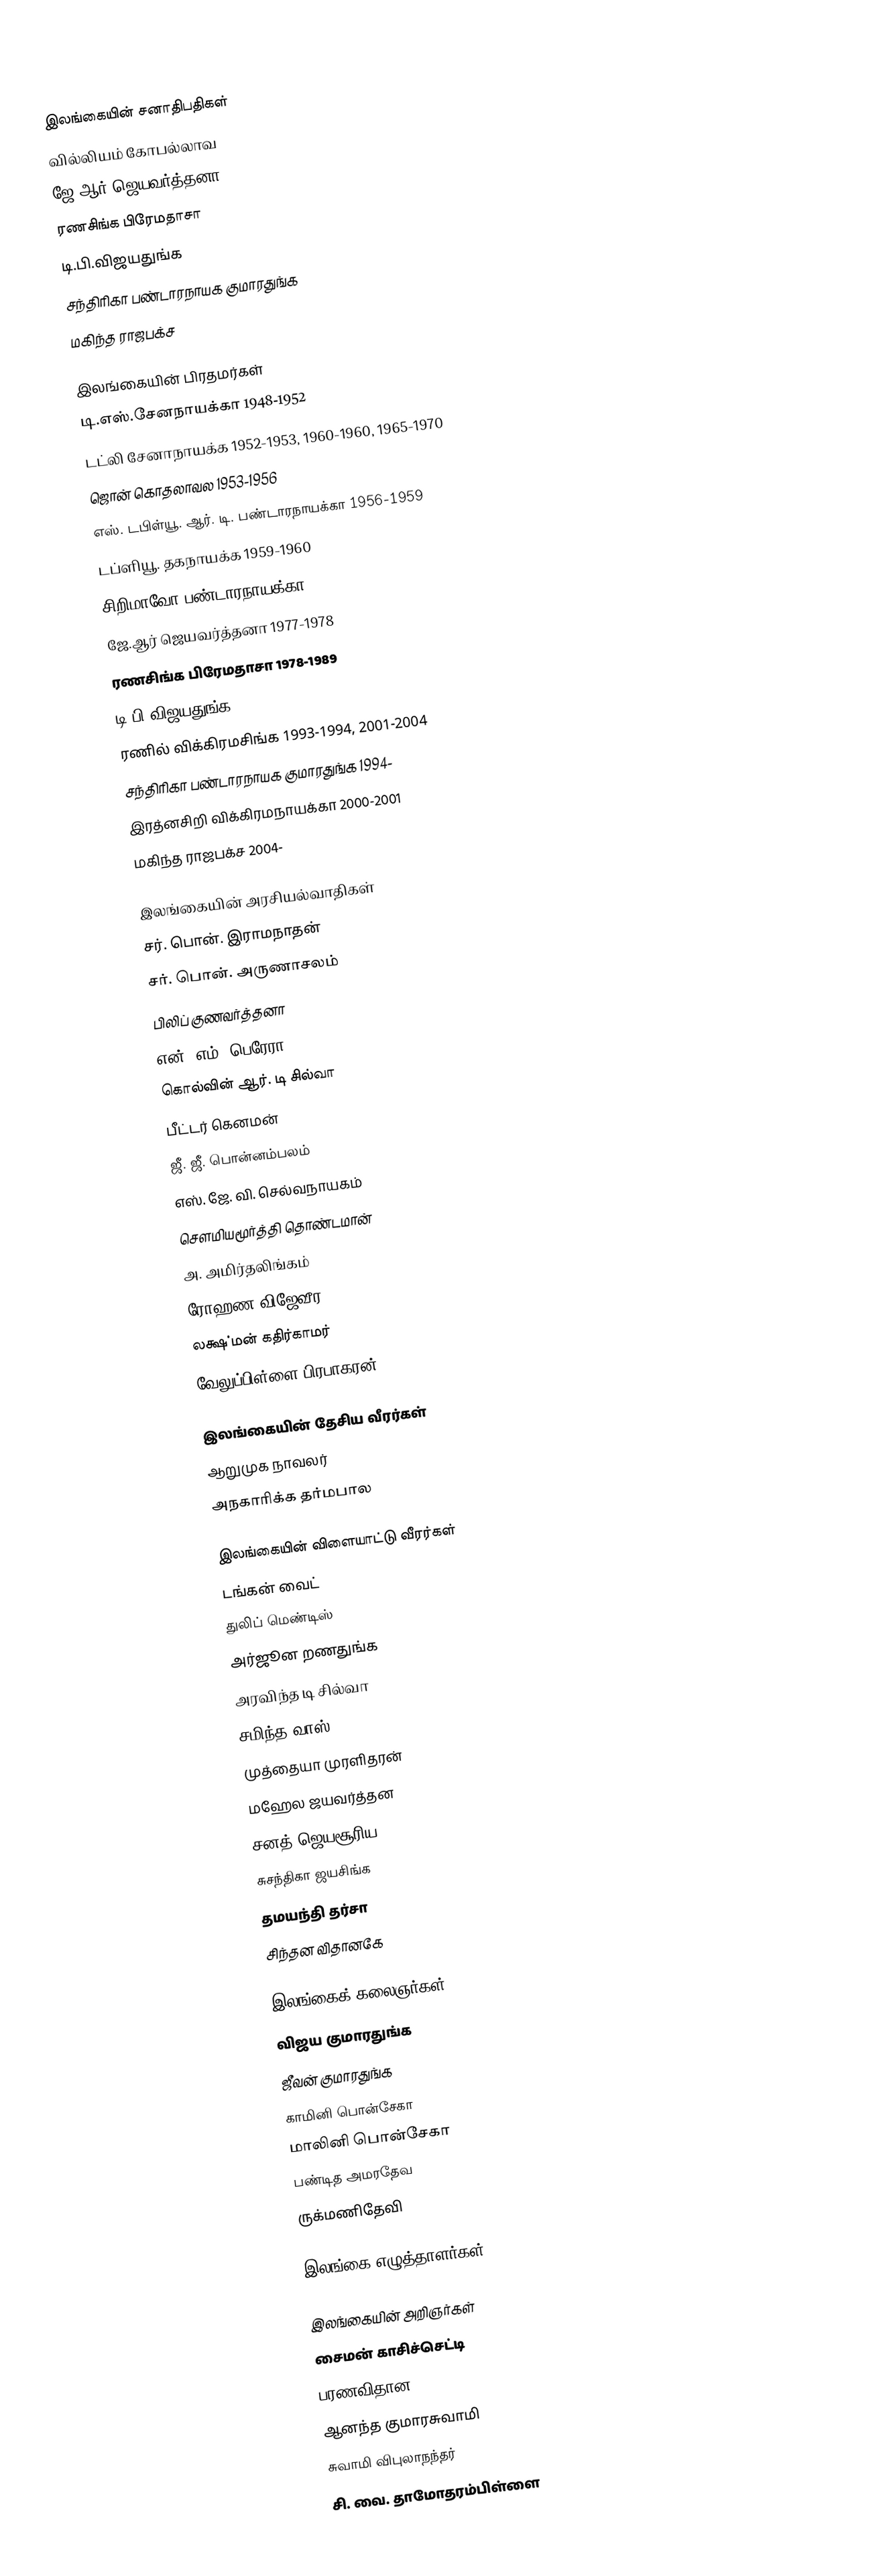

இலங்கையின் சனாதிபதிகள்
 வில்லியம் கோபல்லாவ
 ஜே.ஆர் ஜெயவர்த்தனா
 ரணசிங்க பிரேமதாசா
 டி.பி.விஜயதுங்க
 சந்திரிகா பண்டாரநாயக குமாரதுங்க
 மகிந்த ராஜபக்ச

இலங்கையின் பிரதமர்கள்
 டி.எஸ்.சேனநாயக்கா  1948-1952
 டட்லி சேனாநாயக்க  1952-1953, 1960-1960, 1965-1970
 ஜொன் கொதலாவல  1953-1956
 எஸ். டபிள்யூ. ஆர். டி. பண்டாரநாயக்கா  1956-1959
 டப்ளியூ. தகநாயக்க 1959-1960
 சிறிமாவோ பண்டாரநாயக்கா  1960-1965, 1970-1977, 1994-2000
 ஜே.ஆர் ஜெயவர்த்தனா  1977-1978
 ரணசிங்க பிரேமதாசா  1978-1989
 டி.பி.விஜயதுங்க  1989-1993
 ரணில் விக்கிரமசிங்க  1993-1994, 2001-2004
 சந்திரிகா பண்டாரநாயக குமாரதுங்க  1994-
 இரத்னசிறி விக்கிரமநாயக்கா  2000-2001
 மகிந்த ராஜபக்ச  2004-

இலங்கையின் அரசியல்வாதிகள்
 சர். பொன். இராமநாதன்
 சர். பொன். அருணாசலம்
 பிலிப் குணவர்த்தனா
 என். எம். பெரேரா
 கொல்வின் ஆர். டி சில்வா
 பீட்டர் கெனமன்
 ஜீ. ஜீ. பொன்னம்பலம்
 எஸ். ஜே. வி. செல்வநாயகம்
 சௌமியமூர்த்தி தொண்டமான்
 அ. அமிர்தலிங்கம்
 ரோஹண விஜேவீர
 லக்ஷ்மன் கதிர்காமர்
 வேலுப்பிள்ளை பிரபாகரன்

இலங்கையின் தேசிய வீரர்கள்
 ஆறுமுக நாவலர்
 அநகாரிக்க தர்மபால

இலங்கையின் விளையாட்டு வீரர்கள்
 டங்கன் வைட்
 துலிப் மெண்டிஸ்
 அர்ஜூன றணதுங்க
 அரவிந்த டி சில்வா
 சமிந்த வாஸ்
 முத்தையா முரளிதரன்
 மஹேல ஜயவர்த்தன
 சனத் ஜெயசூரிய
 சுசந்திகா ஜயசிங்க
 தமயந்தி தர்சா
 சிந்தன விதானகே

இலங்கைக் கலைஞர்கள்
 விஜய குமாரதுங்க
 ஜீவன் குமாரதுங்க
 காமினி பொன்சேகா
 மாலினி பொன்சேகா
 பண்டித அமரதேவ
 ருக்மணிதேவி

இலங்கை எழுத்தாளர்கள்

இலங்கையின் அறிஞர்கள்
 சைமன் காசிச்செட்டி
 பரணவிதான
 ஆனந்த குமாரசுவாமி
 சுவாமி விபுலாநந்தர்
 சி. வை. தாமோதரம்பிள்ளை